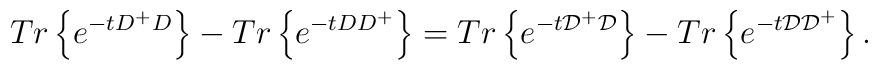
Tr\left\{ e^{-t D^+ D}\right\}-Tr\left\{ e^{-t D D^+}\right\}=Tr\left\{ e^{-t{\cal D^+ D}}\right\}-Tr\left\{ e^{-t {\cal D D}^+}\right\}.